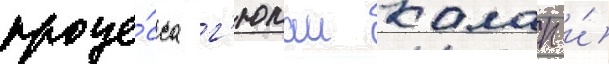
проце́сса г'юлаи калап и́